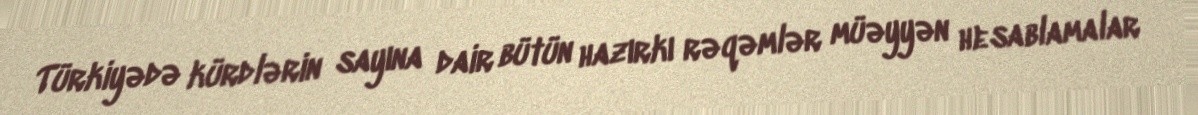
Türkiyədə kürdlərin sayına dair bütün hazırkı rəqəmlər müəyyən hesablamalar